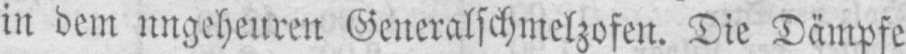
in dem ungeheuren Generalschmelzofen. Die Dämpfe